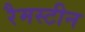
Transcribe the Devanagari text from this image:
रैमस्टीन